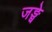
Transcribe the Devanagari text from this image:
जङ्घे